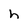
Character: h